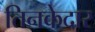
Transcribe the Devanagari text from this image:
तिनकेदार